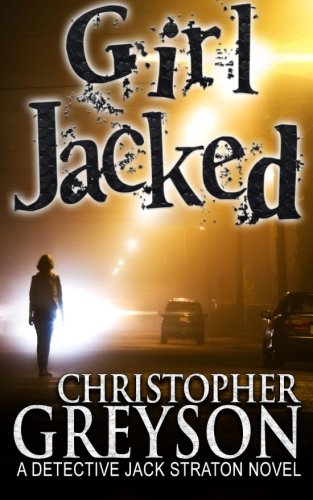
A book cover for Girl Jacked; Christopher Greyson; Mystery, Thriller & Suspense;